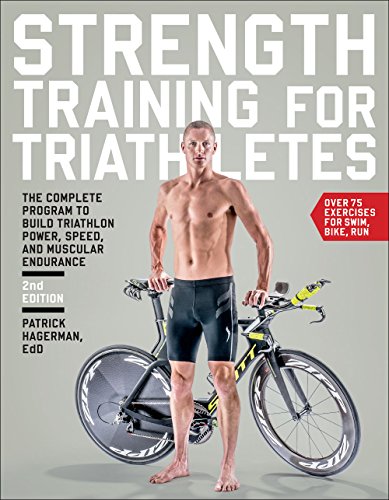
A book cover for Strength Training for Triathletes: The Complete Program to Build Triathlon Power, Speed, and Muscular Endurance; Patrick Hagerman Ed.D.; Health, Fitness & Dieting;